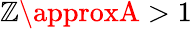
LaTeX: \mathbb{Z}\approxA>1